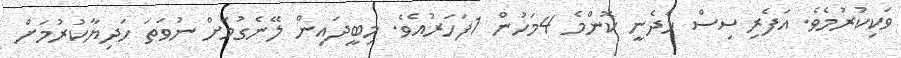
ވަކިކުރުމެވެ. އަފެރިސިސް ހެދެނީ ކޮންމެ 4މަހުން 1ފަހަރުއެވެ. މިބީދައިން ލޭނެގުމަށް ނުވަތަ ހަދިޔާކުރުމަށް